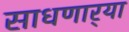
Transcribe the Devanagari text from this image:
साधणार्‍या